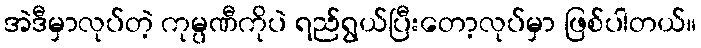
အဲဒီမှာလုပ်တဲ့ ကုမ္ပဏီကိုပဲ ရည်ရွယ်ပြီးတော့လုပ်မှာ ဖြစ်ပါတယ်။